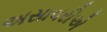
અસાવરીએ